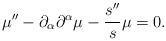
LaTeX: \begin{align*}\mu'' - \partial_{\alpha}\partial^{\alpha} \mu - \frac{s''}{s}\mu=0.\end{align*}